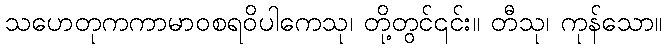
သဟေတုကကာမာဝစရဝိပါကေသု၊ တို့တွင်၎င်း။ တီသု၊ ကုန်သော။